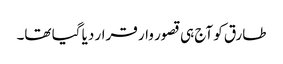
طارق کو آج ہی قصور وار قرار دیا گیا تھا۔